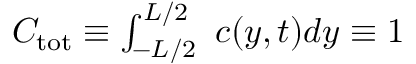
\begin{array} { r } { C _ { \mathrm { t o t } } \equiv \int _ { - L / 2 } ^ { L / 2 } \ c ( y , t ) d y \equiv 1 } \end{array}